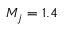
M _ { j } = 1 . 4